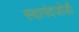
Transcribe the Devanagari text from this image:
स्वानंदजोडी